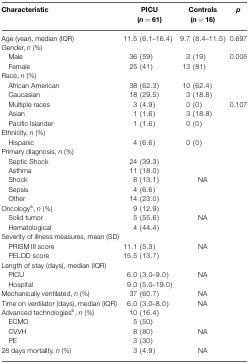
<table><thead><tr><td><b>Characteristic</b></td><td><b>PICU (<i>n</i> = 61)</b></td><td><b>Controls (<i>n</i> = 16)</b></td><td><b><i>p</i></b></td></tr></thead><tbody><tr><td>Age (year), median (IQR)</td><td>11.5 (6.1–16.4)</td><td>9.7 (8.4–11.5)</td><td>0.697</td></tr><tr><td>Gender, <i>n</i> (%)</td><td></td><td></td><td></td></tr><tr><td> Male</td><td>36 (59)</td><td>3 (19)</td><td>0.005</td></tr><tr><td> Female</td><td>25 (41)</td><td>13 (81)</td><td></td></tr><tr><td>Race, <i>n</i> (%)</td><td></td><td></td><td></td></tr><tr><td> African American</td><td>38 (62.3)</td><td>10 (62.4)</td><td></td></tr><tr><td> Caucasian</td><td>18 (29.5)</td><td>3 (18.8)</td><td></td></tr><tr><td> Multiple races</td><td>3 (4.9)</td><td>0 (0)</td><td>0.107</td></tr><tr><td> Asian</td><td>1 (1.6)</td><td>3 (18.8)</td><td></td></tr><tr><td> Pacific Islander</td><td>1 (1.6)</td><td>0 (0)</td><td></td></tr><tr><td>Ethnicity, <i>n</i> (%)</td><td></td><td></td><td></td></tr><tr><td> Hispanic</td><td>4 (6.6)</td><td>0 (0)</td><td></td></tr><tr><td>Primary diagnosis, <i>n</i> (%)</td><td></td><td></td><td></td></tr><tr><td> Septic Shock</td><td>24 (39.3)</td><td></td><td></td></tr><tr><td> Asthma</td><td>11 (18.0)</td><td></td><td></td></tr><tr><td> Shock</td><td>8 (13.1)</td><td>NA</td><td></td></tr><tr><td> Sepsis</td><td>4 (6.6)</td><td></td><td></td></tr><tr><td> Other</td><td>14 (23.0)</td><td></td><td></td></tr><tr><td>Oncology<sup>a</sup>, <i>n</i> (%)</td><td>9 (12.9)</td><td></td><td></td></tr><tr><td> Solid tumor</td><td>5 (55.6)</td><td>NA</td><td></td></tr><tr><td> Hematological</td><td>4 (44.4)</td><td></td><td></td></tr><tr><td>Severity of illness measures, mean (SD)</td><td></td><td></td><td></td></tr><tr><td> PRISM III score</td><td>11.1 (5.3)</td><td>NA</td><td></td></tr><tr><td> PELOD score</td><td>15.5 (13.7)</td><td></td><td></td></tr><tr><td>Length of stay (days), median (IQR)</td><td></td><td></td><td></td></tr><tr><td> PICU</td><td>6.0 (3.0–9.0)</td><td>NA</td><td></td></tr><tr><td> Hospital</td><td>9.0 (5.0–19.0)</td><td></td><td></td></tr><tr><td>Mechanically ventilated, <i>n</i> (%)</td><td>37 (60.7)</td><td>NA</td><td></td></tr><tr><td>Time on ventilator (days), median (IQR)</td><td>6.0 (3.0–8.0)</td><td>NA</td><td></td></tr><tr><td>Advanced technologies<sup>b</sup>, <i>n</i> (%)</td><td>10 (16.4)</td><td></td><td></td></tr><tr><td> ECMO</td><td>5 (50)</td><td></td><td></td></tr><tr><td> CVVH</td><td>8 (80)</td><td>NA</td><td></td></tr><tr><td> PE</td><td>3 (30)</td><td></td><td></td></tr><tr><td>28 days mortality, <i>n</i> (%)</td><td>3 (4.9)</td><td>NA</td><td></td></tr></tbody></table>